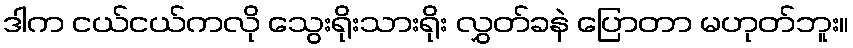
ဒါက ငယ်ငယ်ကလို သွေးရိုးသားရိုး လွှတ်ခနဲ ပြောတာ မဟုတ်ဘူး။